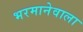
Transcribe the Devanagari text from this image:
भरमानेवाला